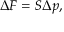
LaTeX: \Delta F = S \Delta p ,